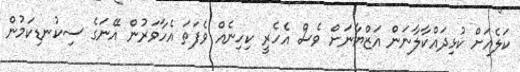
ކަލެއަށް ކުޅިދައްކާލާނަން އަޒްޔާނަށް ވެސް އެހެރީ ކިހިނެއް ވެފަތަ އެހާވަރުން އޭނަގެ ސިކުނޑިކަމުން